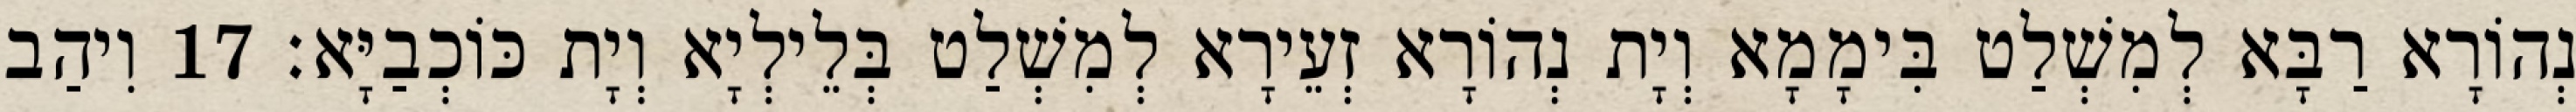
נְהוֹרָא רַבָּא לְמִשְׁלַט בִּימָמָא וְיָת נְהוֹרָא זְעֵירָא לְמִשְׁלַט בְּלֵילְיָא וְיָת כּוֹכְבַיָּא׃ 17 וִיהַב